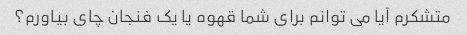
متشکرم آیا می توانم برای شما قهوه یا یک فنجان چای بیاورم؟